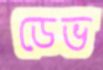
ডেভ